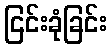
ငြင်းခုံခြင်း